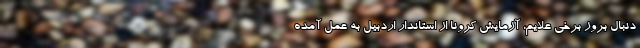
دنبال بروز برخی علایم، آزمایش کرونا از استاندار اردبیل به عمل آمده